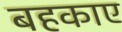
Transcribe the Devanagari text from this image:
बहकाए